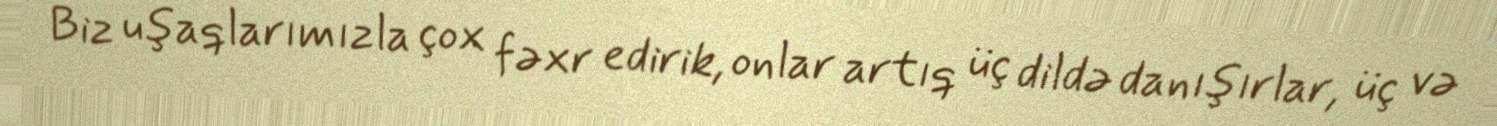
Biz uşaqlarımızla çox fəxr edirik, onlar artıq üç dildə danışırlar, üç və